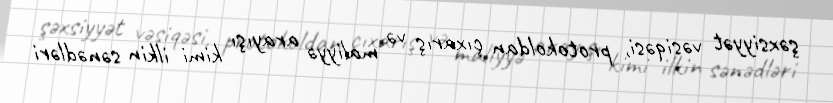
şəxsiyyət vəsiqəsi, protokoldan çıxarış və maliyyə arayışı kimi ilkin sənədləri